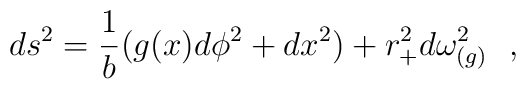
ds^2={1\over b}(g(x)d\phi^2+dx^2)+r_+^2d\omega^2_{(g)}~~,